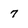
Character: 7